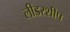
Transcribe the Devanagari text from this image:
लीडरशीप